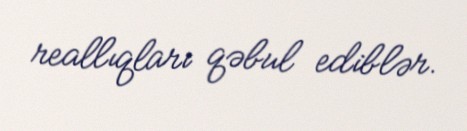
reallıqları qəbul ediblər.